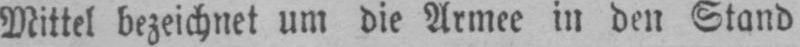
Mittel bezeichnet um die Armee in den Stand